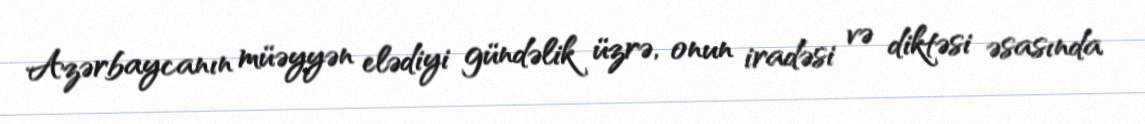
Azərbaycanın müəyyən elədiyi gündəlik üzrə, onun iradəsi və diktəsi əsasında